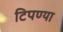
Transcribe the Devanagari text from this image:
टिपण्या